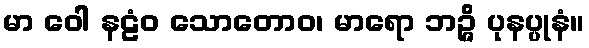
မာ ဝေါ နဠံဝ သောတောဝ၊ မာရော ဘဉ္ဇိ ပုနပ္ပုနံ။